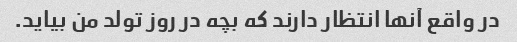
در واقع آنها انتظار دارند که بچه در روز تولد من بیاید.